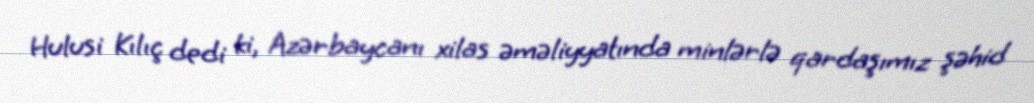
Hulusi Kılıç dedi ki, Azərbaycanı xilas əməliyyatında minlərlə qardaşımız şəhid